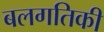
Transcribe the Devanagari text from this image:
बलगतिकी